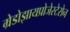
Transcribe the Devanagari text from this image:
म्रेडोझायप्रोजेस्टेरोन